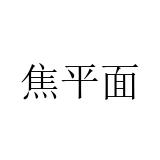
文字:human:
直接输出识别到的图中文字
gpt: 焦平面